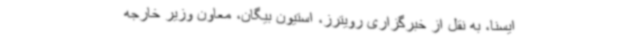
ایسنا، به نقل از خبرگزاری رویترز، استیون بیگان، معاون وزیر خارجه